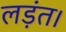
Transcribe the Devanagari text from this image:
लड़ंत।